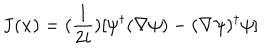
{ \bf { J } } ( { \bf { x } } ) = ( \frac { 1 } { 2 i } ) [ \psi ^ { \dagger } ( \nabla \psi ) - ( \nabla \psi ) ^ { \dagger } \psi ]